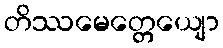
တိဿမေတ္တေယျော